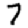
Digit: 7